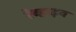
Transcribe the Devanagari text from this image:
रेव्हाइव